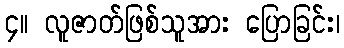
၄။ လူဇာတ်ဖြစ်သူအား ပြောခြင်း၊